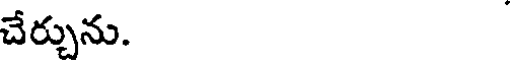
చేర్చును.